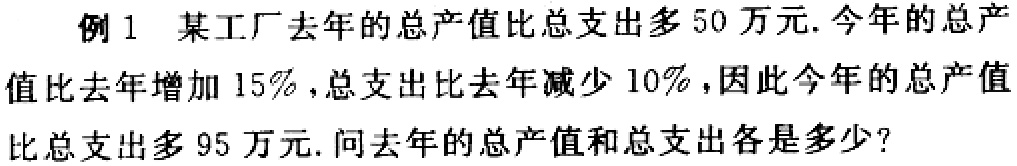
例1 某工厂去年的总产值比总支出多50万元.今年的总产值比去年增加15%，总支出比去年减少10%，因此今年的总产值比总支出多95万元. 问去年的总产值和总支出各是多少？